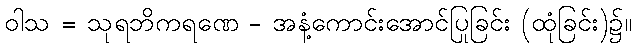
ဝါသ = သုရဘိကရဏေ - အနံ့ကောင်းအောင်ပြုခြင်း (ထုံခြင်း)၌။